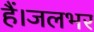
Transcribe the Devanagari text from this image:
हैं।जलभर